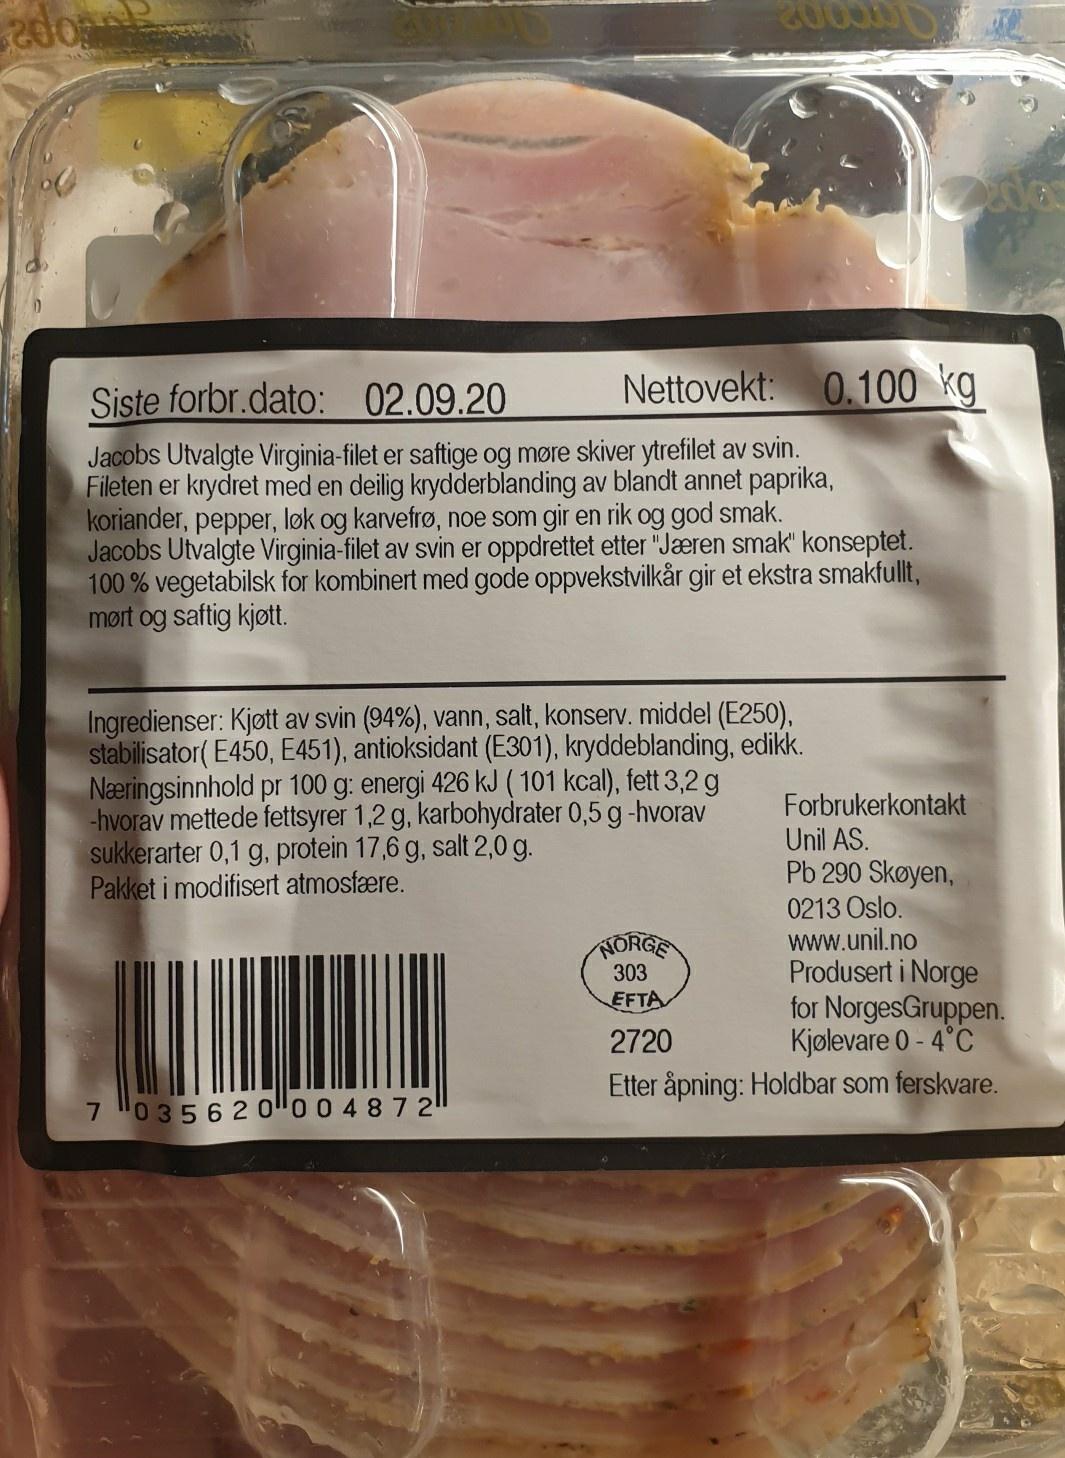
200
20000
Siste forbr.dato: 02.09.20
Nettovekt: 0.100 kg
Jacobs Utvalgte Virginia-filet er saftige og møre skiver ytrefilet av svin. Fileten er krydret med en deilig krydderblanding av blandt annet paprika, koriander, pepper, løk og karvefrø, noe som gir en rik og god smak. Jacobs Utvalgte Virginia-filet av svin er oppdrettet etter "Jæren smak" konseptet. 100 % vegetabilsk for kombinert med gode oppvekstvilkår gir et ekstra smakfullt, mørt og saftig kjøtt.
Ingredienser: Kjøtt av svin (94%), vann, salt, konserv. middel (E250), stabilisator( E450, E451), antioksidant (E301), kryddeblanding, edikk. Næringsinnhold pr 100 g: energi 426 kJ ( 101 kcal), fett 3,2 g -hvorav mettede fettsyrer 1,2 g, karbohydrater 0,5 g-hvorav sukkerarter 0,1 g, protein 17,6 g, salt 2,0 g. Pakket i modifisert atmosfære.
Forbrukerkontakt Unil AS. Pb 290
yen, 0213 Oslo. www.unil.no Produsert i Norge for NorgesGruppen. Kjølevare 0 - 4°C Etter åpning: Holdbar som ferskvare.
NORGE 303
EFTA
2720
7 "0 3562 o"0 0 4872!